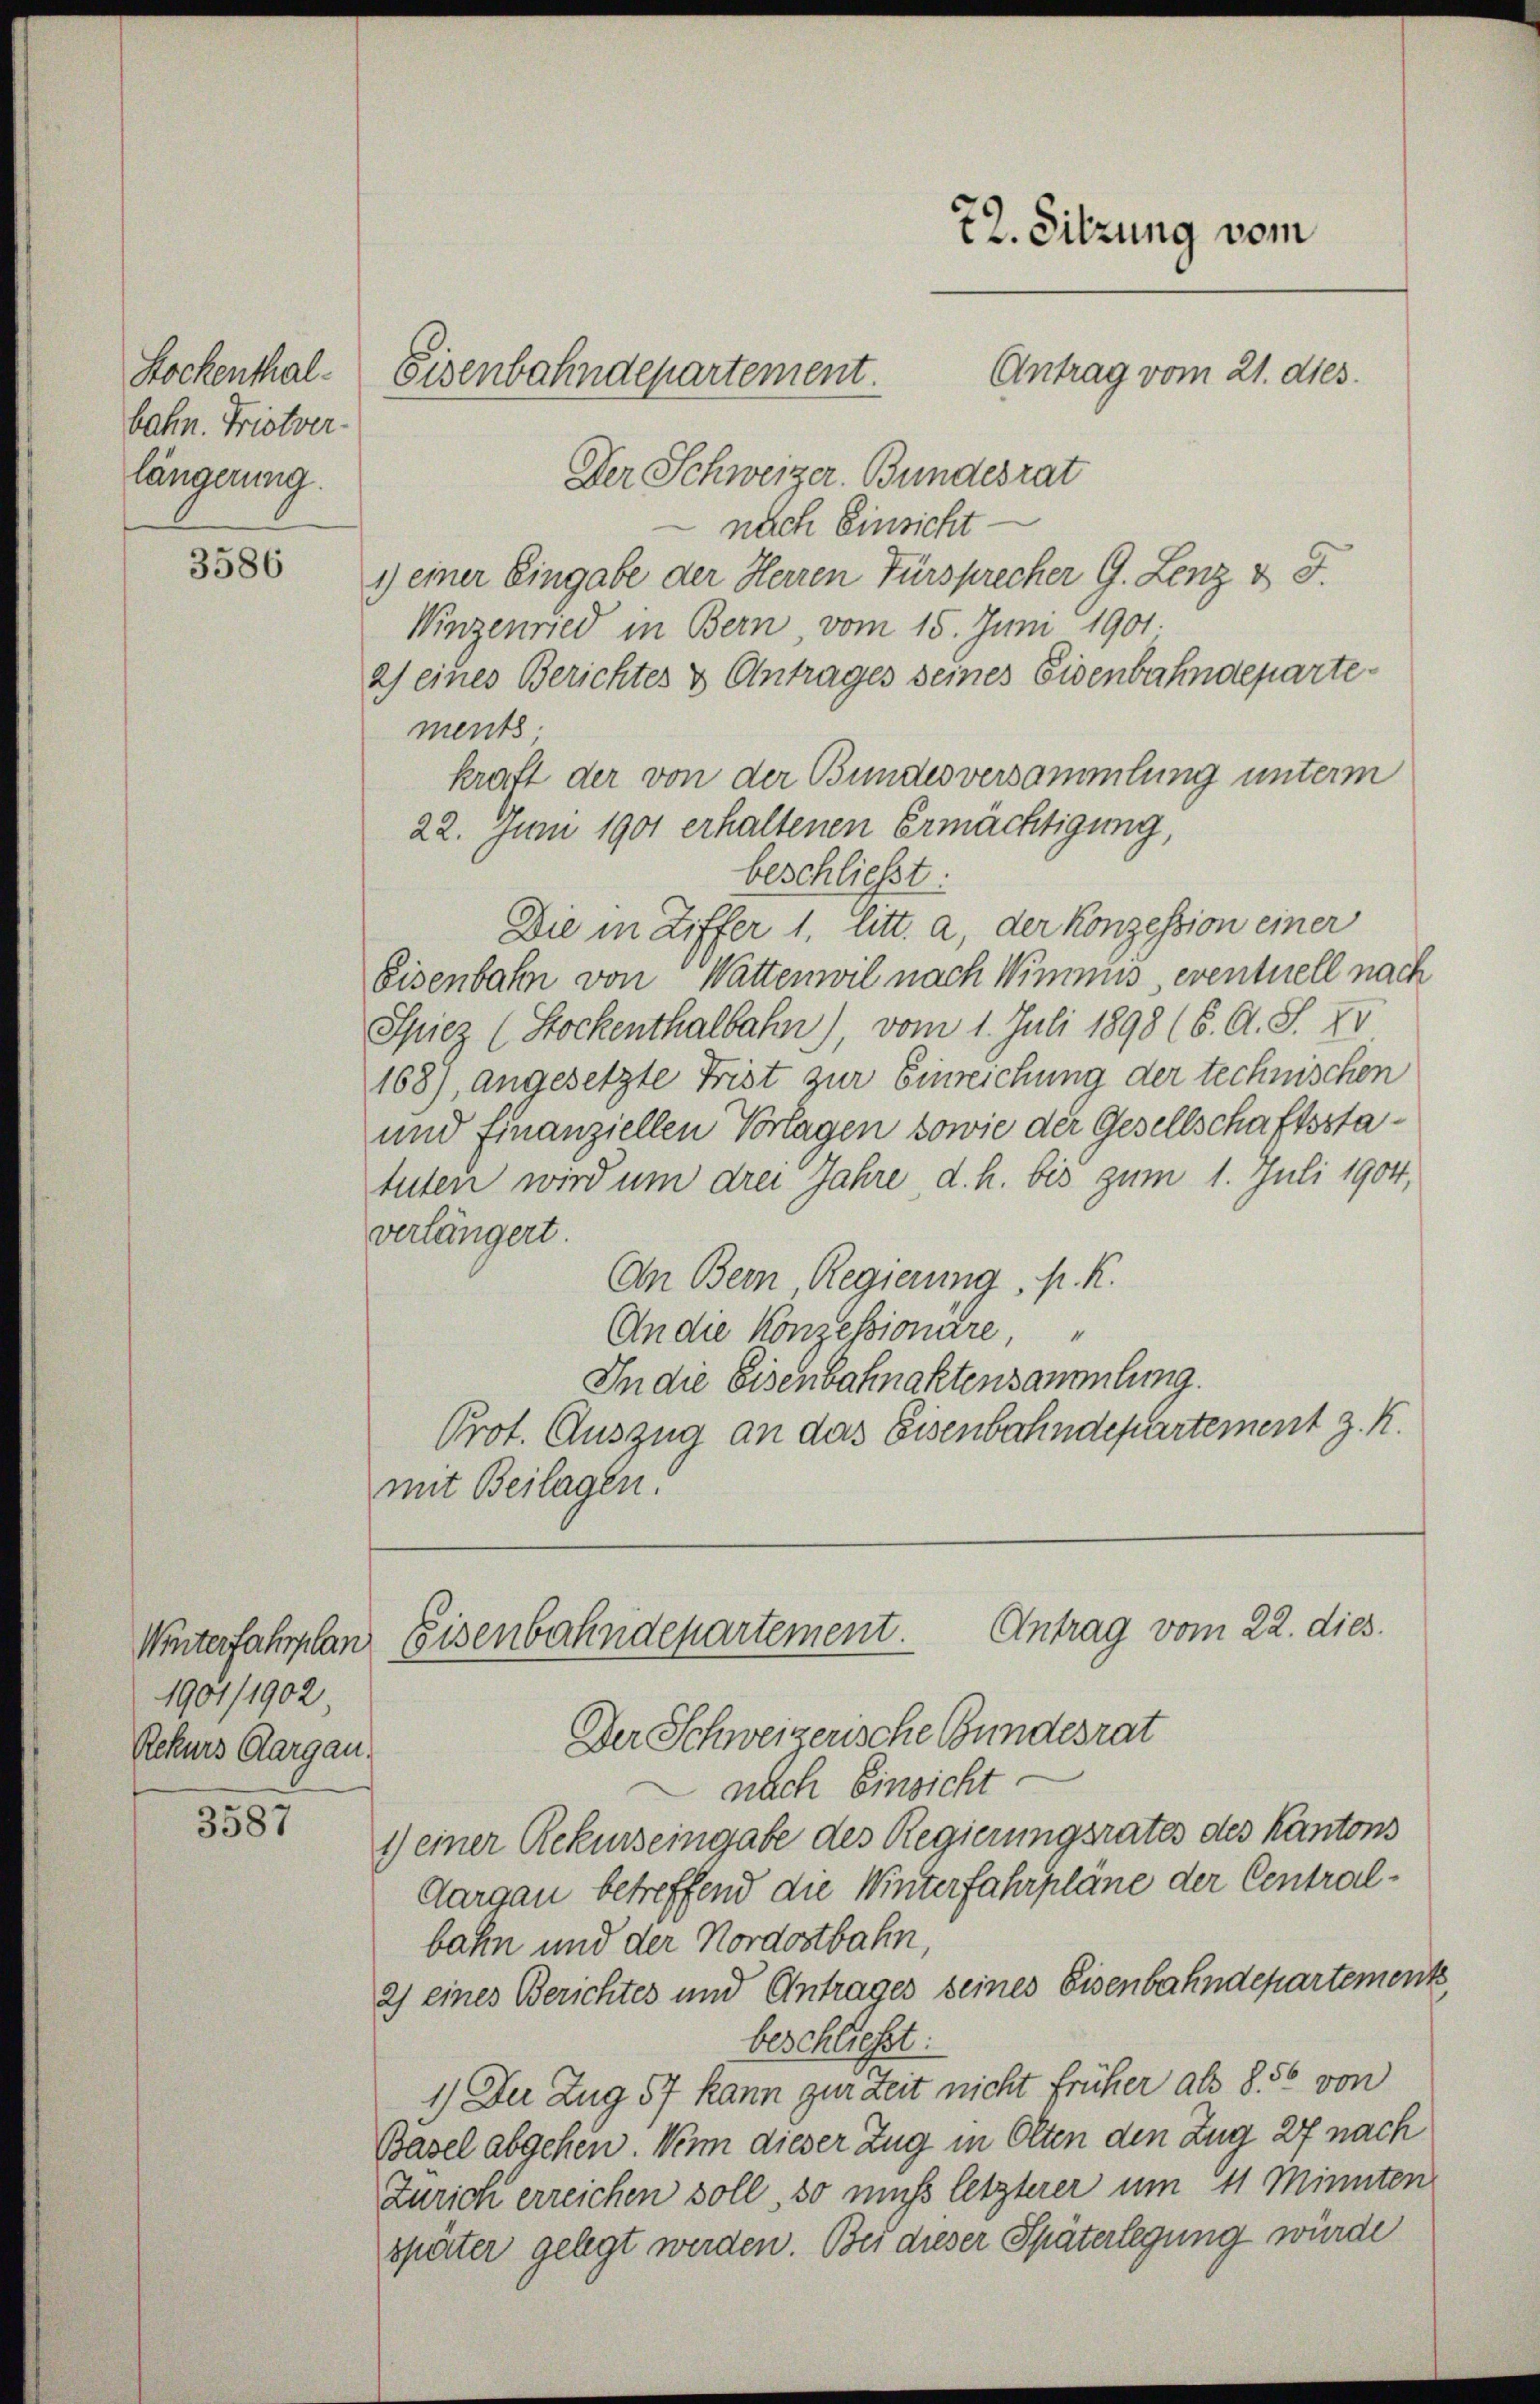
Stockenthal
bahn. Fristver-
längerung.

3586

1901/1902
Rekurs Aargau,

3587

Der Schweizer. Bundesrat
nach Einsicht.
1) einer Eingabe der Herren Fürsprecher G. Lenz & J.
Winzenried in Bern vom 15. Juni 1901.
2) eines Berichtes & Antrages seines Eisenbahndepartements
kraft der von der Bundesversammlung unterm
22. Juni 1901 erhaltenen Ermächtigung,
beschließt:
Die in Ziffer 1. litt. a, der Konzession einer
Eisenbahn von Wattenwil nach Wimmis, eventuell nach
Spiez (Stockenthalbahn), vom 1. Juli 1898 (6. A. S. XV
168), angesetzte Frist zur Einreichung der technischen
und finanziellen Vorlagen sowie der Gesellschaftsstatuten wird um drei Jahre d. h. bis zum 1. Juli 1904,
verlängert.
An Bern Regierung, p. R.
An die Konzessionare,
“
In die Eisenbahnaktensammlung.
Prot. Auszug an das Eisenbahndepartement z. K.
mit Beilagen.

72. Sitzung vom
Antrag vom 21. dies.
Eisenbahndepartement.

Antrag vom 22. dies.
Winterfahrplan Eisenbahndepartement.
Der Schweizerische Bundesrat

nach Einsicht.
1) einer Rekurseingabe des Regierungsrates des Kantons
Aargau betreffend die Winterfahrpläne der Centralbahn und der Nordostbahn,
2) eines Berichtes und Antrages seines Eisenbahndepartements
beschließt:
1.) Der Zug 57 kann zur Zeit nicht früher als 850 von
Basel abgehen. Wenn dieser Zug in Olten den Zug 27 nach
Zürich erreichen soll, so muss letzterer um 11 Minuten
später gelegt werden. Bei dieser Späterlegung würde